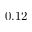
0 . 1 2